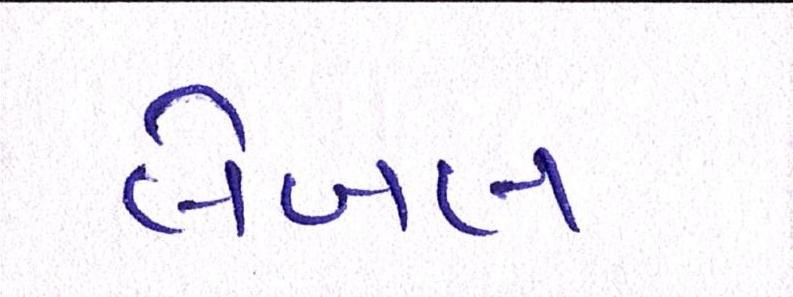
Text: લેબલ